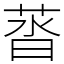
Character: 䓠